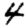
Digit: 4